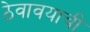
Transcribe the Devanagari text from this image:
ठेवावयाची